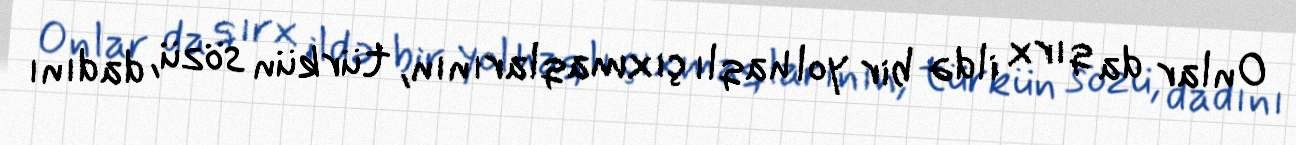
Onlar da qırx ildə bir yol haqlı çıxmaqlarının, türkün sözü, dadını